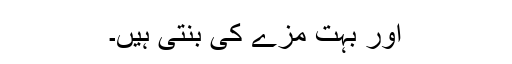
اور بہت مزے کی بنتی ہیں۔